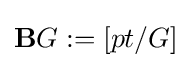
{\textbf {B}}G:=[pt/G]